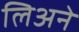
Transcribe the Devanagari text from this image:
लिअने